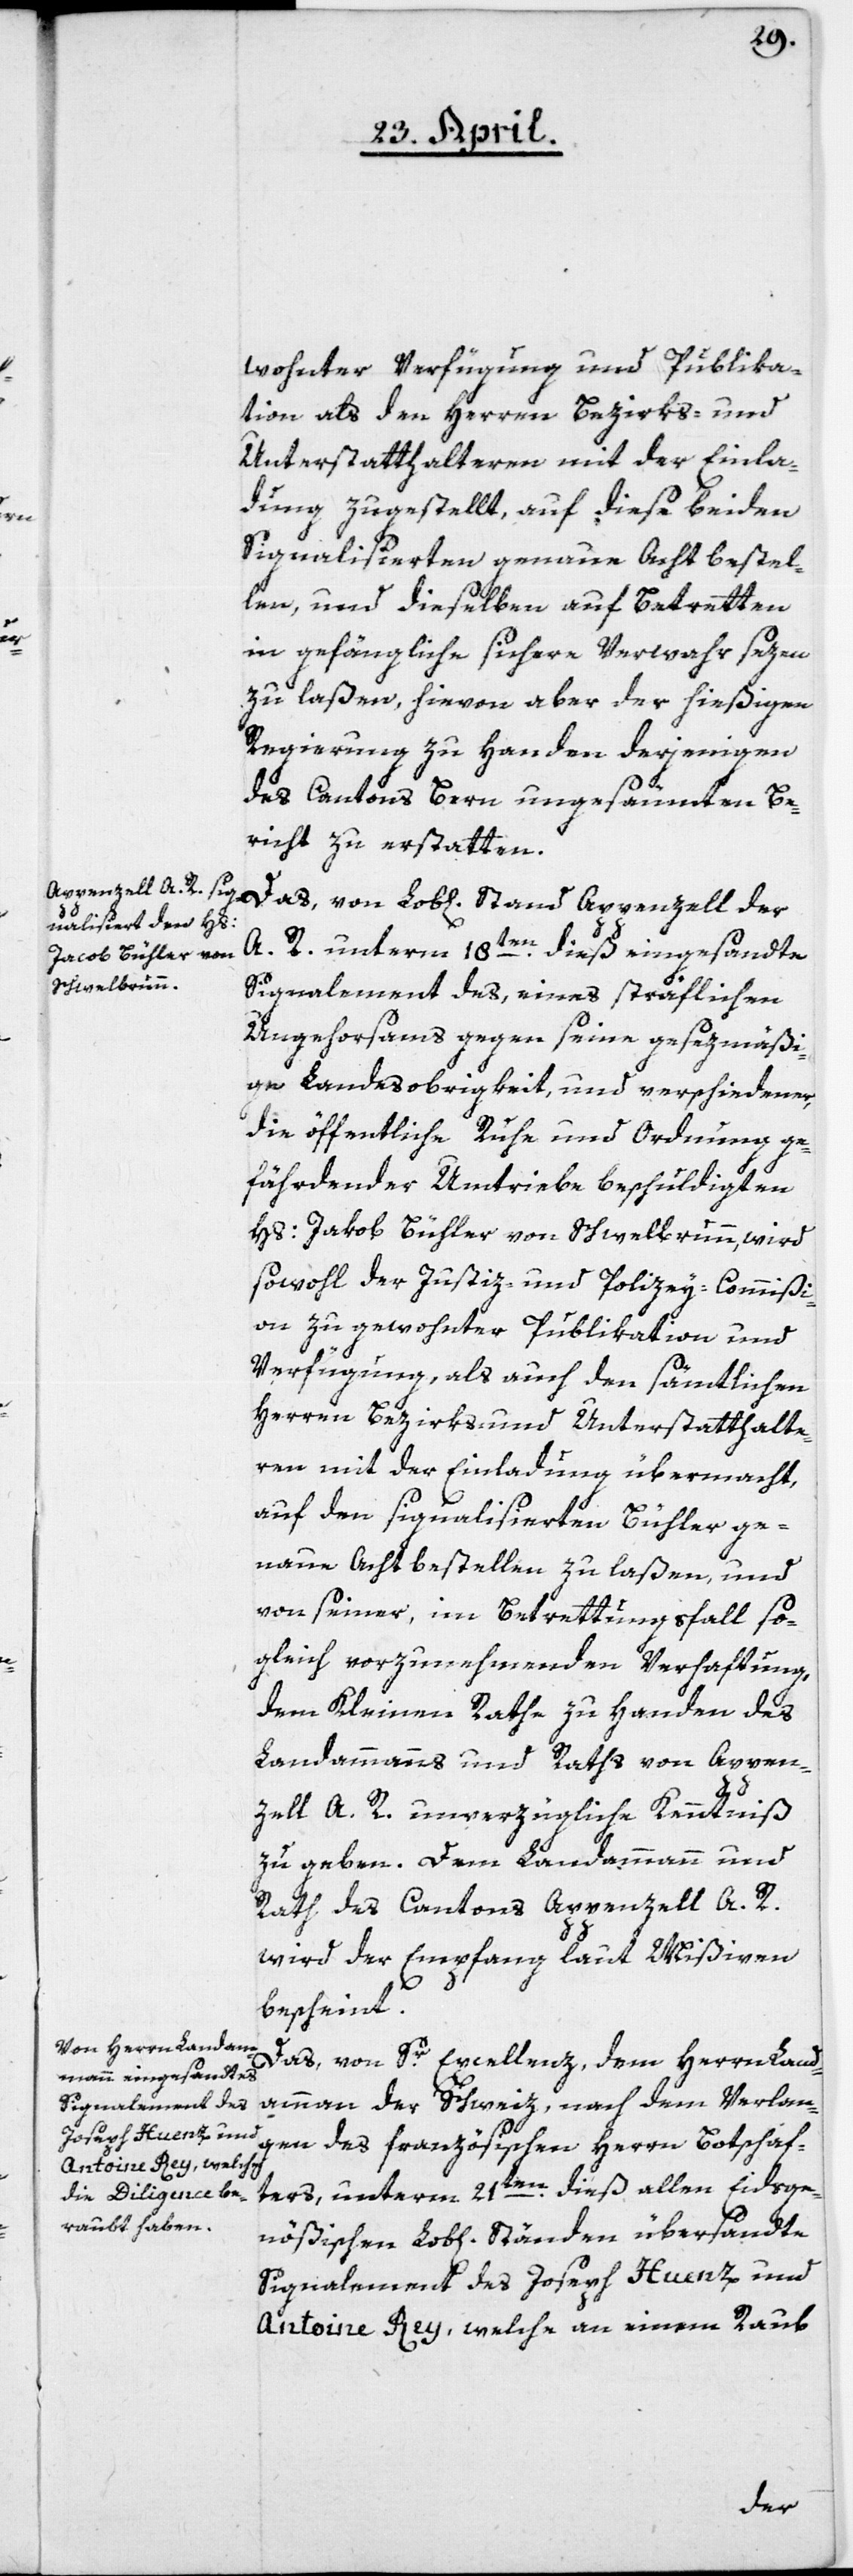
wohnter Verfügung und Publika¬
tion als den Herren Bezirks- und
Unterstatthalteren mit der Einla¬
dung zugestellt, auf diese beiden
Signalisierten genaue Acht bestel¬
len, und dieselben auf Betretten
in gefängliche sichere Verwahr sezen
zu laßen, hievon aber der hießigen
Regierung zu Handen derjenigen
des Cantons Bern ungesäumten Be¬
richt zu erstatten.
Das, von Lob[lichen] Stand Appenzell der
A. R. unterm 18ten dieß eingesandte
Signalement des, eines sträflichen
Ungehorsams gegen seine gesezmäßi¬
ge Landesobrigkeit, und verschiedene,
die öffentliche Ruhe und Ordnung ge¬
fährdender Umtriebe beschuldigten
Hs: Jacob Bühler von Schwellbrunn, wird
sowohl der Justiz- und Polizey-Commißi¬
on zu gewohnter Publikation und
Verfügung, als auch den sämtlichen
Herren Bezirks- und Unterstatthalte¬
ren mit der Einladung übermacht,
auf den signalisierten Bühler ge¬
naue Acht bestellen zu laßen, und
von seiner, im Betrettungsfall so¬
gleich vorzunehmenden Verhaftung,
dem Kleinen Raths zu Handen des
Landammanns und Raths von Appen¬
zell A. R. unverzügliche Kenntniß
zu geben. Dem Landammann und
Rath des Cantons Appenzell A. R.
wird der Empfang laut Mißiven
bescheint.
Das, von Sr Excellenz, dem Herrn Land¬
ammann der Schweiz, nach dem Verlan¬
gen des französischen Herrn Botschaf¬
ters, unterm 21ten dieß allen Eidsge¬
nößischen Lob[lichen] Ständen übersandte
Signalement des Joseph Huenz und
Antoine Rey, welche an einem Raub